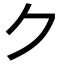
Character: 𠂊